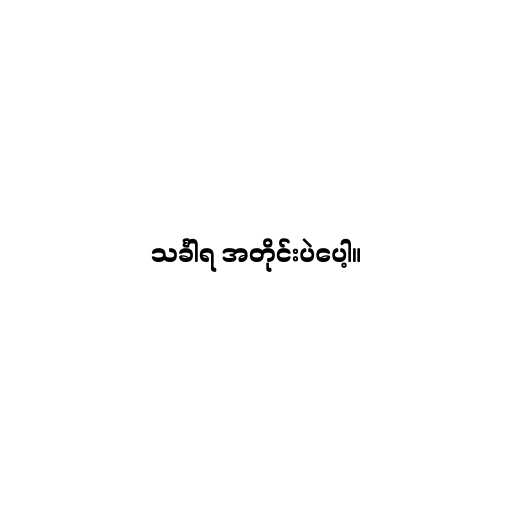
သင်္ခါရ အတိုင်းပဲပေါ့။